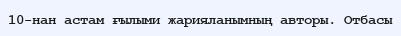
10-нан астам ғылыми жарияланымның авторы. Отбасы